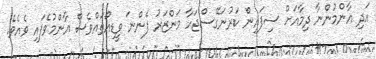
އަދި އާންމުންނާ ދިމާއަށް ސިފައިން ކަރުނަގޭސްޖަހާ މަންޒަރު ފެންނަ ވީޑިއޯތައްވެސް އާންމުވެފައި ވެއެވެ.